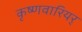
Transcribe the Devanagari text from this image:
कृष्णवारियर्